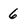
Character: 6